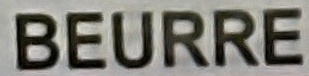
BEURRE